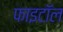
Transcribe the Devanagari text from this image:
फाइटॉल